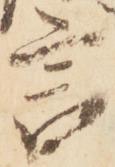
言